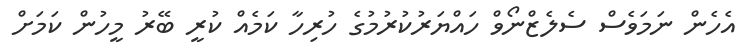
އެހެން ނަމަވެސް ސެލެޒްނޯވް ހައްޔަރުކުރުމުގެ ހުރިހާ ކަމެއް ކުރީ ބޭރު މީހުން ކަމަށް